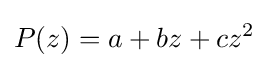
P(z)=a+bz+cz^{2}